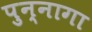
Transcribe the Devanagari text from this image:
पुन्नागा